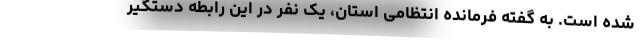
شده است. به گفته فرمانده انتظامی استان، یک نفر در این رابطه دستگیر